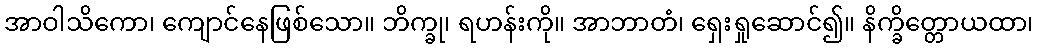
အာဝါသိကော၊ ကျောင်နေဖြစ်သော။ ဘိက္ခု၊ ရဟန်းကို။ အာဘာတံ၊ ရှေးရှုဆောင်၍။ နိက္ခိတ္တောယထာ၊